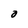
Character: O